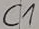
Text: C1